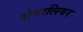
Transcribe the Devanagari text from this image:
शेवालियर